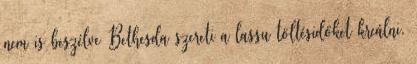
nem is beszélve Bethesda szereti a lassu töltésidőket kreálni.